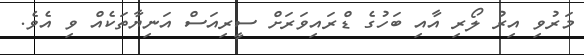
މަރުވި އިރު ލޯރި އާއި ބަހުގެ ޑްރައިވަރަށް ސީރިއަސް އަނިޔާތަކެއް ވި އެވެ.